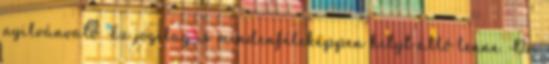
nyilvánvaló. Ez jogilag is mindenféleképpen helyt álló lenne. Dr.